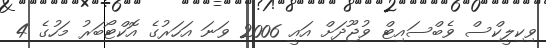
ވިކިލީކްސް ވެބްސައިޓް ވުޖޫދަށް އައީ 2006 ވަނަ އަހަރުގެ އޮކްޓޯބަރު މަހުގެ 4